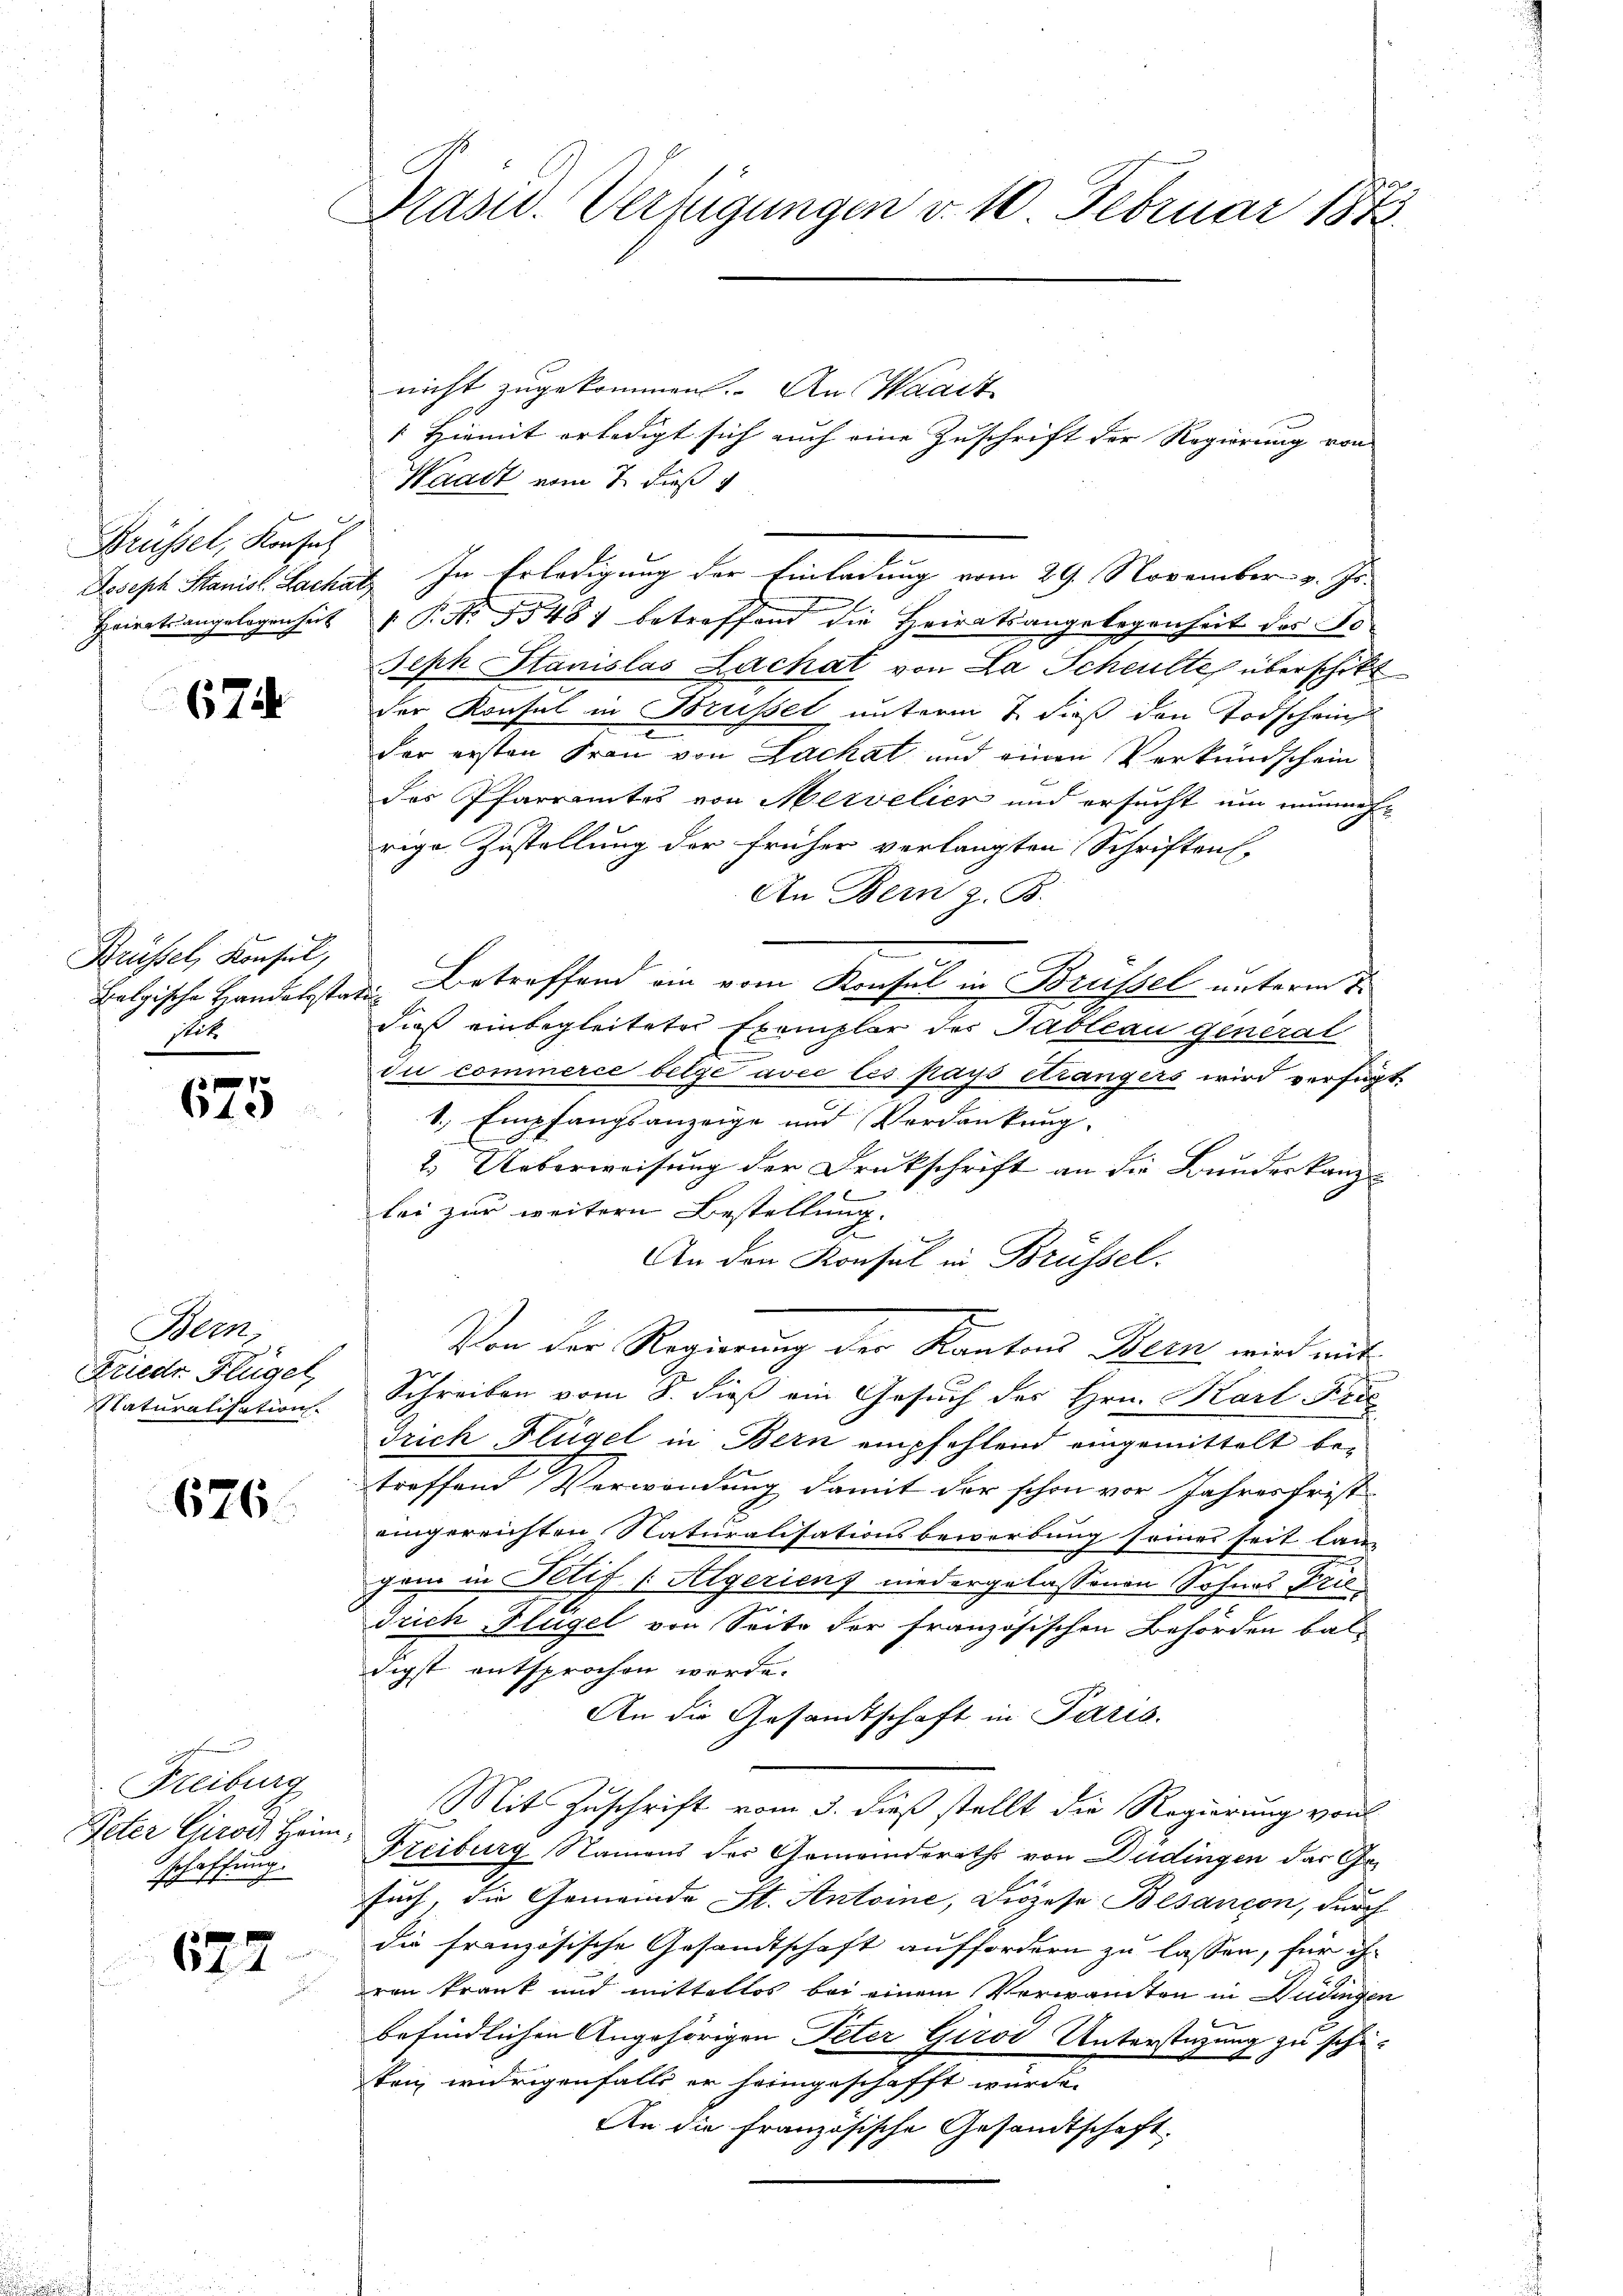
Brüssel, Konsul
Heirats angelegenheit

67

Brüssel, Konsul,
stit

675

Aben
Friedr Flügel,
Naturalisation.

676.

Freiburg
Peter Girois Hann
schaffung
672

Präsid. Verfügungen v. 10. Februar 1873.

nicht zugekommen. An Waadt
 Hiemit erledigt sich auch eine Zuschrift der Regierung von
Waadt vom 7. dieß
Joseph Stanisl. Lachatz. In Erledigung der Einladung vom 29. November v. Js.
 P. Nr. 1548) betreffend die Heiratsangelegenheit des Jo¬
Seph Stanislas Lachat von La Scheulte überschikt
der Konsul in Brüssel unterm 2. dieß den Todschen
e
der ersten Frau von Lackat und einen Verkundschein
des Pfarramtes von Mervelier und ersucht um nunmehr
rige Zustellung der früher verlangten Schriftenf
An Bern z. B.
Belgische Handelsstadt Betreffend ein vom Konsul in Brüssel unterm 7.
dieß einbegleitete Exemplar der Tableau general
due commerce belge avec les pays étrangers wird verfügt:
1., Empfangsanzeige und Verdankung,
2. Ueberweisung der Druckschrift an die Bundeskanz
lei zur weitern Bestellung.
E
An den Konsul in Brüssel.
Von der Regierung der Kantons Bern, wird mit
Schreiben vom 8. dieß ein Gesuch des Hrn. Karl Fris
drich Flügel in Bern empfehlend eingemittelt betreffend Verwendung damit der schon vor Jahresfrist
eingereichten Naturalisationsbewerbung seines seit lang
gem in Illif (Algerienz niedergelassenen Sohnes Frie
Trich Flügel von Seite der französischen Behörden bal-
digst entsprochen werde.
An die Gesandtschaft in Paris.
Mit Zuschrift vom 3. dieß stellt die Regierung von
Freiburg Namens der Gemeinderath von Dudingen der Gesuch, die Gemeinde St. Antoine, Diözese Besançon, durch
die französische Gesandtschaft auffordern zu lassen, für ihr
ren krank und mittellos bei einem Verwandten in Düdingen
befindlichen Angehörigen Peter Girod Unterstüzung zu schiteig widrigenfalls er heimgeschafft wurde.
An die französische Gesandtschaft.